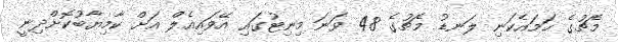
މެޗުގެ ހަމައެކަނި ލަނޑު މެޗުގެ 48 ވަނަ މިނިޓުގައި އޭވައިއެލް އަށް ކާމިޔާބުކޮށްދިނީ